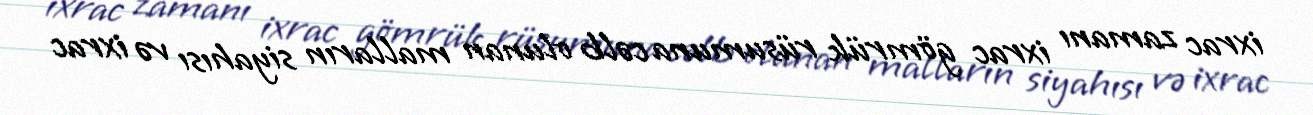
ixrac zamanı ixrac gömrük rüsumuna cəlb olunan malların siyahısı və ixrac